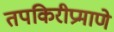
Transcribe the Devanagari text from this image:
तपकिरीप्रमाणे